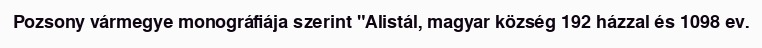
Pozsony vármegye monográfiája szerint "Alistál, magyar község 192 házzal és 1098 ev.